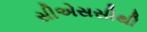
સીએસસીથી